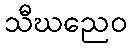
သီဃညေဝ